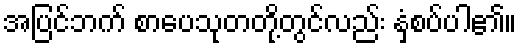
အပြင်ဘက် စာပေသုတတို့တွင်လည်း နှံ့စပ်ပါ၏။